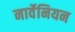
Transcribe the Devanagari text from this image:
नार्वेनियन